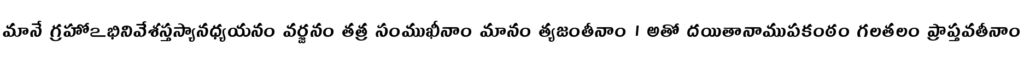
మానే గ్రహోఽభినివేశస్తస్యానధ్యయనం వర్జనం తత్ర సంముఖీనాం మానం త్యజంతీనాం । అతో దయితానాముపకంఠం గలతలం ప్రాప్తవతీనాం